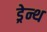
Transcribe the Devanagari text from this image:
ड्रेन्थ